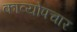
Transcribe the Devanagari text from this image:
काव्योपचार